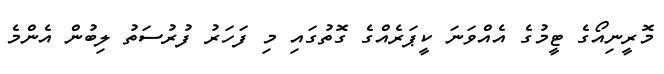
މޮރީނިއޯގެ ޓީމުގެ އެއްވަނަ ކީޕަރެއްގެ ގޮތުގައި މި ފަހަރު ފުރުސަތު ލިބުން އެންމެ